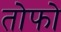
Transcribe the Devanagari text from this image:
तोफो